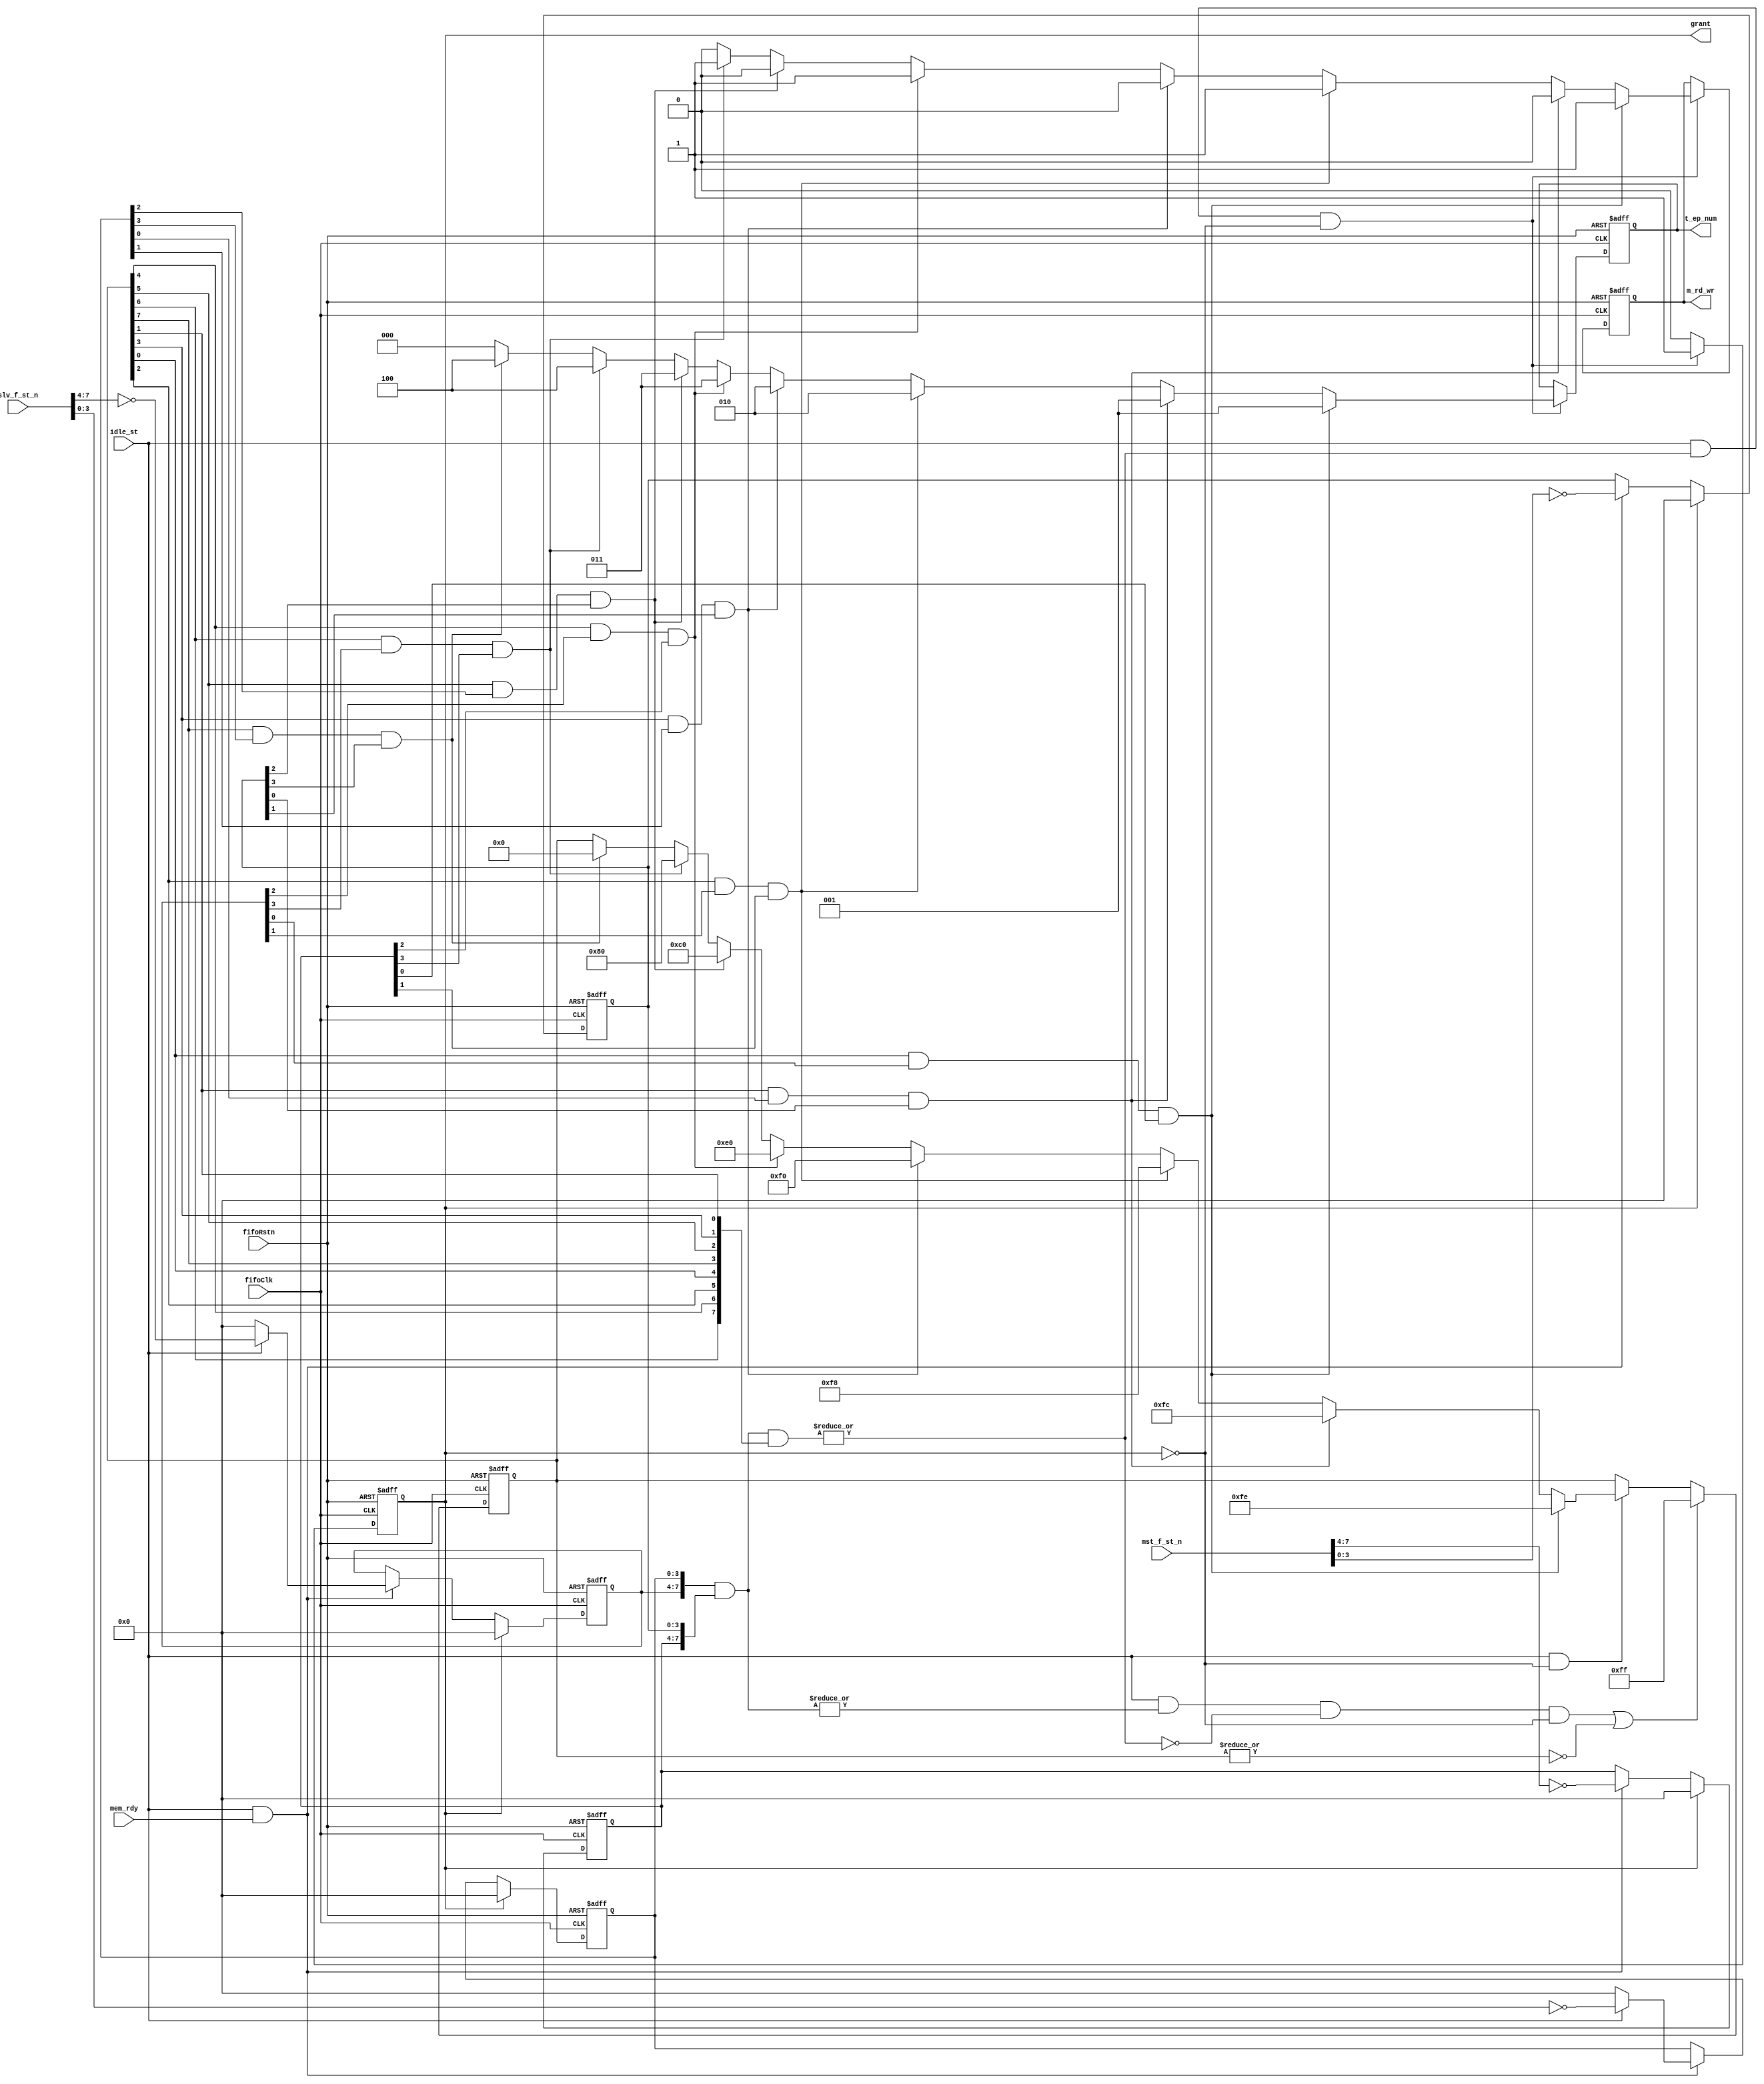
//------------------------------------------------------------------------------
// Title        : fifo_mst_arb.v 
// Project      : FT600
//------------------------------------------------------------------------------
//------------------------------------------------------------------------------
// Description  : 
//                FT600 FIFO Master Arbitor 
//
//
//------------------------------------------------------------------------------
// Known issues & omissions:
// 
// 
//------------------------------------------------------------------------------
// Copyright 2013 FTDI Ltd. All rights reserved.
//------------------------------------------------------------------------------

module fifo_mst_arb (

  // inputs
  input                fifoRstn,
  input                fifoClk,
  input                idle_st,
  input [8:1]          slv_f_st_n,
  input [8:1]          mst_f_st_n, // {~full,~empty}
  input                mem_rdy,

  // outputs
  output reg           grant,
  output reg [2:0]     t_ep_num,
  output reg           m_rd_wr
);


  reg [8:1]            not_served_r;  // {...IN2,OUT2,IN1,OUT1} 
  reg [4:1]            oep_slv_st_r;
  reg [4:1]            iep_slv_st_r;
  reg [4:1]            oep_mst_st_r;
  reg [4:1]            iep_mst_st_r;
  reg [8:1]            deact_nxt;
  reg [2:0]            t_ep_num_nxt;
  reg                  m_rd_wr_nxt;

  wire                 req_hit;
  wire                 req_det;

  wire [4:1]           oep_slv_st;
  wire [4:1]           iep_slv_st;
  wire [4:1]           oep_mst_st;
  wire [4:1]           iep_mst_st;



///////////////////////////////////////////////////////////////////////////////
// assignments
  assign oep_slv_st = idle_st? ~slv_f_st_n[8:5] : 4'h0;
  assign iep_slv_st = idle_st? ~slv_f_st_n[4:1] : 4'h0;
  assign oep_mst_st = ~mst_f_st_n[8:5];
  assign iep_mst_st = ~mst_f_st_n[4:1];

  assign req_hit = |({oep_slv_st_r,iep_slv_st_r} &
                     {oep_mst_st_r,iep_mst_st_r} &
                     {not_served_r[7],not_served_r[5],
                      not_served_r[3],not_served_r[1],
                      not_served_r[8],not_served_r[6],
                      not_served_r[4],not_served_r[2]});


  assign req_det = |({oep_slv_st_r,iep_slv_st_r} &
                     {oep_mst_st_r,iep_mst_st_r});


///////////////////////////////////////////////////////////////////////////////
// Priority encoding 

  always @(*) begin

    if(not_served_r[1] & oep_slv_st_r[1] & oep_mst_st_r[1]) begin
      deact_nxt    = 8'b1111_1110;
      t_ep_num_nxt = 3'b001;
      m_rd_wr_nxt  = 1'b1;
    end
    else if(not_served_r[2] & iep_slv_st_r[1] & iep_mst_st_r[1]) begin
      deact_nxt    = 8'b1111_1100;
      t_ep_num_nxt = 3'b001;
      m_rd_wr_nxt  = 1'b0;
    end
    else if(not_served_r[3] & oep_slv_st_r[2] & oep_mst_st_r[2]) begin
      deact_nxt    = 8'b1111_1000;
      t_ep_num_nxt = 3'b010;
      m_rd_wr_nxt  = 1'b1;
    end
    else if(not_served_r[4] & iep_slv_st_r[2] & iep_mst_st_r[2]) begin
      deact_nxt    = 8'b1111_0000;
      t_ep_num_nxt = 3'b010;
      m_rd_wr_nxt  = 1'b0;
    end
    else if(not_served_r[5] & oep_slv_st_r[3] & oep_mst_st_r[3]) begin
      deact_nxt    = 8'b1110_0000;
      t_ep_num_nxt = 3'b011;
      m_rd_wr_nxt  = 1'b1;
    end
    else if(not_served_r[6] & iep_slv_st_r[3] & iep_mst_st_r[3]) begin
      deact_nxt    = 8'b1100_0000;
      t_ep_num_nxt = 3'b011;
      m_rd_wr_nxt  = 1'b0;
    end
    else if(not_served_r[7] & oep_slv_st_r[4] & oep_mst_st_r[4]) begin
      deact_nxt    = 8'b1000_0000;
      t_ep_num_nxt = 3'b100;
      m_rd_wr_nxt  = 1'b1;
    end
    else if(not_served_r[8] & iep_slv_st_r[4] & iep_mst_st_r[4]) begin
      deact_nxt    = 8'b0000_0000;
      t_ep_num_nxt = 3'b100;
      m_rd_wr_nxt  = 1'b0;
    end
    else begin
      deact_nxt    = not_served_r; 
      t_ep_num_nxt = 3'b000;
      m_rd_wr_nxt  = 1'b0;
    end

  end


  always @(posedge fifoClk or negedge fifoRstn)
    if (~fifoRstn) begin

      not_served_r  <= 8'hff;
      oep_slv_st_r  <= 4'h0;
      oep_mst_st_r  <= 4'h0;
      iep_slv_st_r  <= 4'h0;
      iep_mst_st_r  <= 4'h0;
      t_ep_num      <= 3'b000;
      m_rd_wr       <= 1'b0;
      grant         <= 1'b0;

    end
    else begin

      if ((idle_st & req_det & ~req_hit & ~grant) | (~|not_served_r))
        not_served_r <= 8'hff;
      else if (idle_st & ~grant)
        not_served_r <= deact_nxt;

      if (grant) begin
        oep_slv_st_r <= 4'h0;
        oep_mst_st_r <= 4'h0;
        iep_slv_st_r <= 4'h0;
        iep_mst_st_r <= 4'h0;
      end
      else if (idle_st & mem_rdy) begin
        oep_slv_st_r <= oep_slv_st;
        oep_mst_st_r <= oep_mst_st;
        iep_slv_st_r <= iep_slv_st;
        iep_mst_st_r <= iep_mst_st;
      end

      if (idle_st & req_hit & ~grant) begin
        t_ep_num <= t_ep_num_nxt;
        m_rd_wr  <= m_rd_wr_nxt;
      end

      if (idle_st & req_hit & ~grant)
        grant <= 1'b1;
      else
        grant <= 1'b0;

    end


endmodule